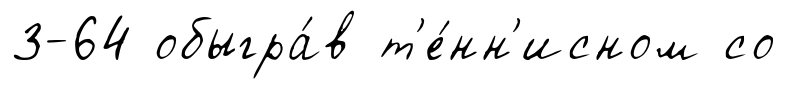
3-64 обыгра́в т'е́нн'исном со